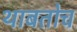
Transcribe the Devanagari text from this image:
थाबतोच